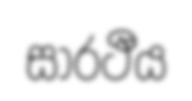
සාරථීය